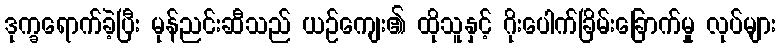
ဒုက္ခရောက်ခဲ့ပြီး မုန်ညင်းဆီသည် ယဉ်ကျေး၏ ထိုသူနှင့် ဂိုးပေါက်ခြိမ်းခြောက်မှု လုပ်များ